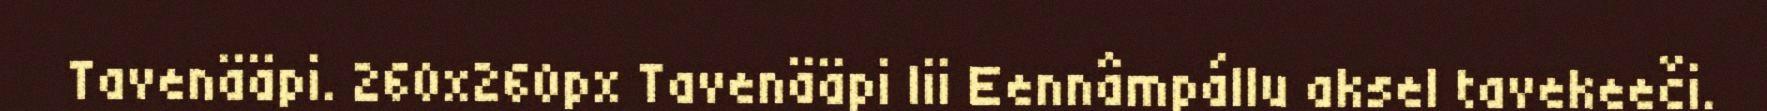
Tavenääpi. 260x260px Tavenääpi lii Eennâmpállu aksel tavekeeči.